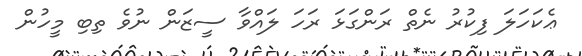
ޢެކަހަލަ ފިކުރު ނެތް ރަންގަޅަ ރަހަ ލައްވާ ސީޒަން ނުވެ ތިބި މީހުން